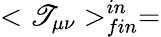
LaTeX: <\mathscr{T}_{\mu\nu}>_{fin}^{in}=